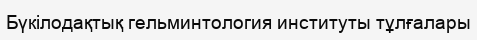
Бүкілодақтық гельминтология институты тұлғалары